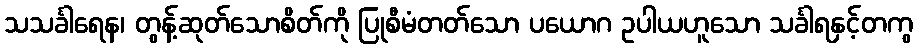
သသင်္ခါရေန၊ တွန့်ဆုတ်သောစိတ်ကို ပြုစီမံတတ်သော ပယောဂ ဥပါယဟူသော သင်္ခါရနှင့်တကွ